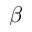
\beta